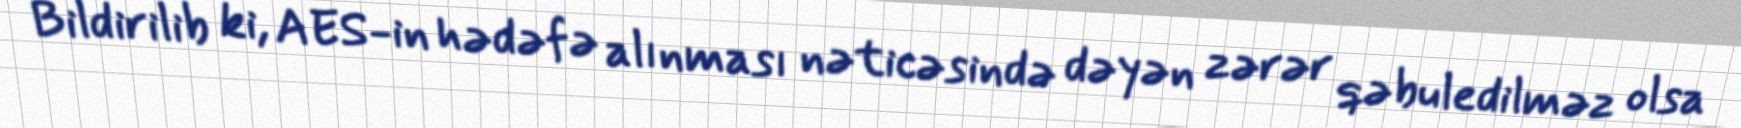
Bildirilib ki, AES-in hədəfə alınması nəticəsində dəyən zərər qəbuledilməz olsa